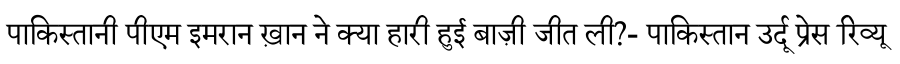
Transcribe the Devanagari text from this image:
पाकिस्तानी पीएम इमरान ख़ान ने क्या हारी हुई बाज़ी जीत ली?- पाकिस्तान उर्दू प्रेस रिव्यू